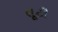
તૂટી